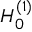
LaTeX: H _ { 0 } ^ { ( 1 ) }